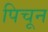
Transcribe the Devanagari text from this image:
पिचून